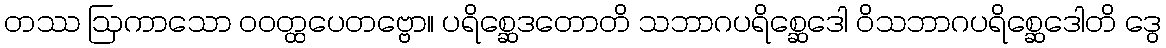
တဿ ဩကာသော ဝဝတ္ထပေတဗ္ဗော။ ပရိစ္ဆေဒတောတိ သဘာဂပရိစ္ဆေဒေါ ဝိသဘာဂပရိစ္ဆေဒေါတိ ဒွေ